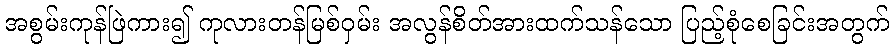
အစွမ်းကုန်ဖြဲကား၍ ကုလားတန်မြစ်ဝှမ်း အလွန်စိတ်အားထက်သန်သော ပြည့်စုံစေခြင်းအတွက်